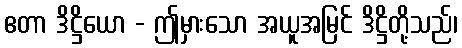
ဧတာ ဒိဋ္ဌိယော - ဤမှားသော အယူအမြင် ဒိဋ္ဌိတို့သည်၊